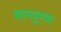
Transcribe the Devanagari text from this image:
शानमुगम